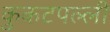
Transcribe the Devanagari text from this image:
कुकटपल्ली